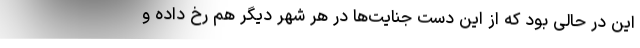
این در حالی بود که از این دست جنایت‌ها در هر شهر دیگر هم رخ داده و